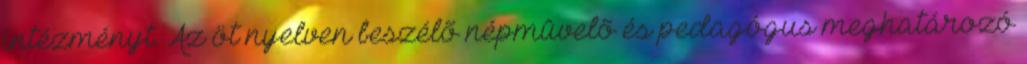
intézményt. Az öt nyelven beszélõ népmûvelõ és pedagógus meghatározó